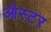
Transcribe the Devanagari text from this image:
ओस्टर